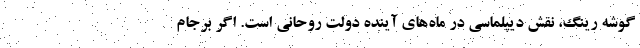
گوشه رینگ، نقش دیپلماسی در ماه‌های آینده دولت روحانی است. اگر برجام